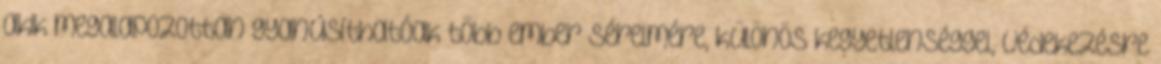
akik megalapozottan gyanúsíthatóak több ember sérelmére, különös kegyetlenséggel, védekezésre